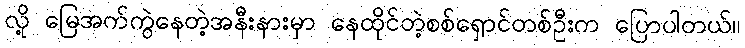
လို့ မြေအက်ကွဲနေတဲ့အနီးနားမှာ နေထိုင်တဲ့စစ်ရှောင်တစ်ဦးက ပြောပါတယ်။